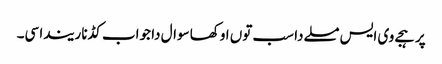
پر ہجے وی ایس مسلے دا سب توں اوکھا سوال دا جواب کڈنا ریندا سی۔